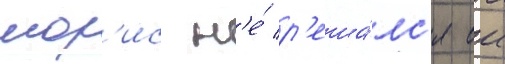
мор'ис н'е́ р'еша́лс'я еи